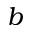
b